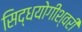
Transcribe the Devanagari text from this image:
सिद्धयोगीश्वरी